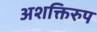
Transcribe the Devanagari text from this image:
अशक्तिरुप